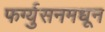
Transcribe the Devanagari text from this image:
फर्ग्युसनमधून